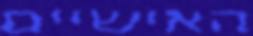
האישיים